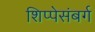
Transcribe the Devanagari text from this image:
शिप्पेसंबर्ग